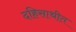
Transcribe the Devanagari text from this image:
दहिसाथीत